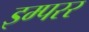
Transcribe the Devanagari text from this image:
इम्परर